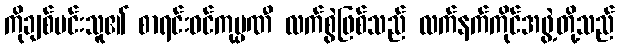
ကိုချစ်မင်းသူ၏ စာရင်းဝင်ကုမ္ပဏီ လက်စွဲဖြစ်သည် လက်နက်ကိုင်အဖွဲ့တို့သည်